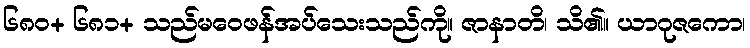
၆၈၀+ ၆၈၁+ သည်မဝေဖန်အပ်သေးသည်ကို။ ဇာနာတိ၊ သိ၏။ ယာဂုဇကော၊